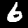
Digit: 6